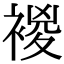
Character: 𧛝